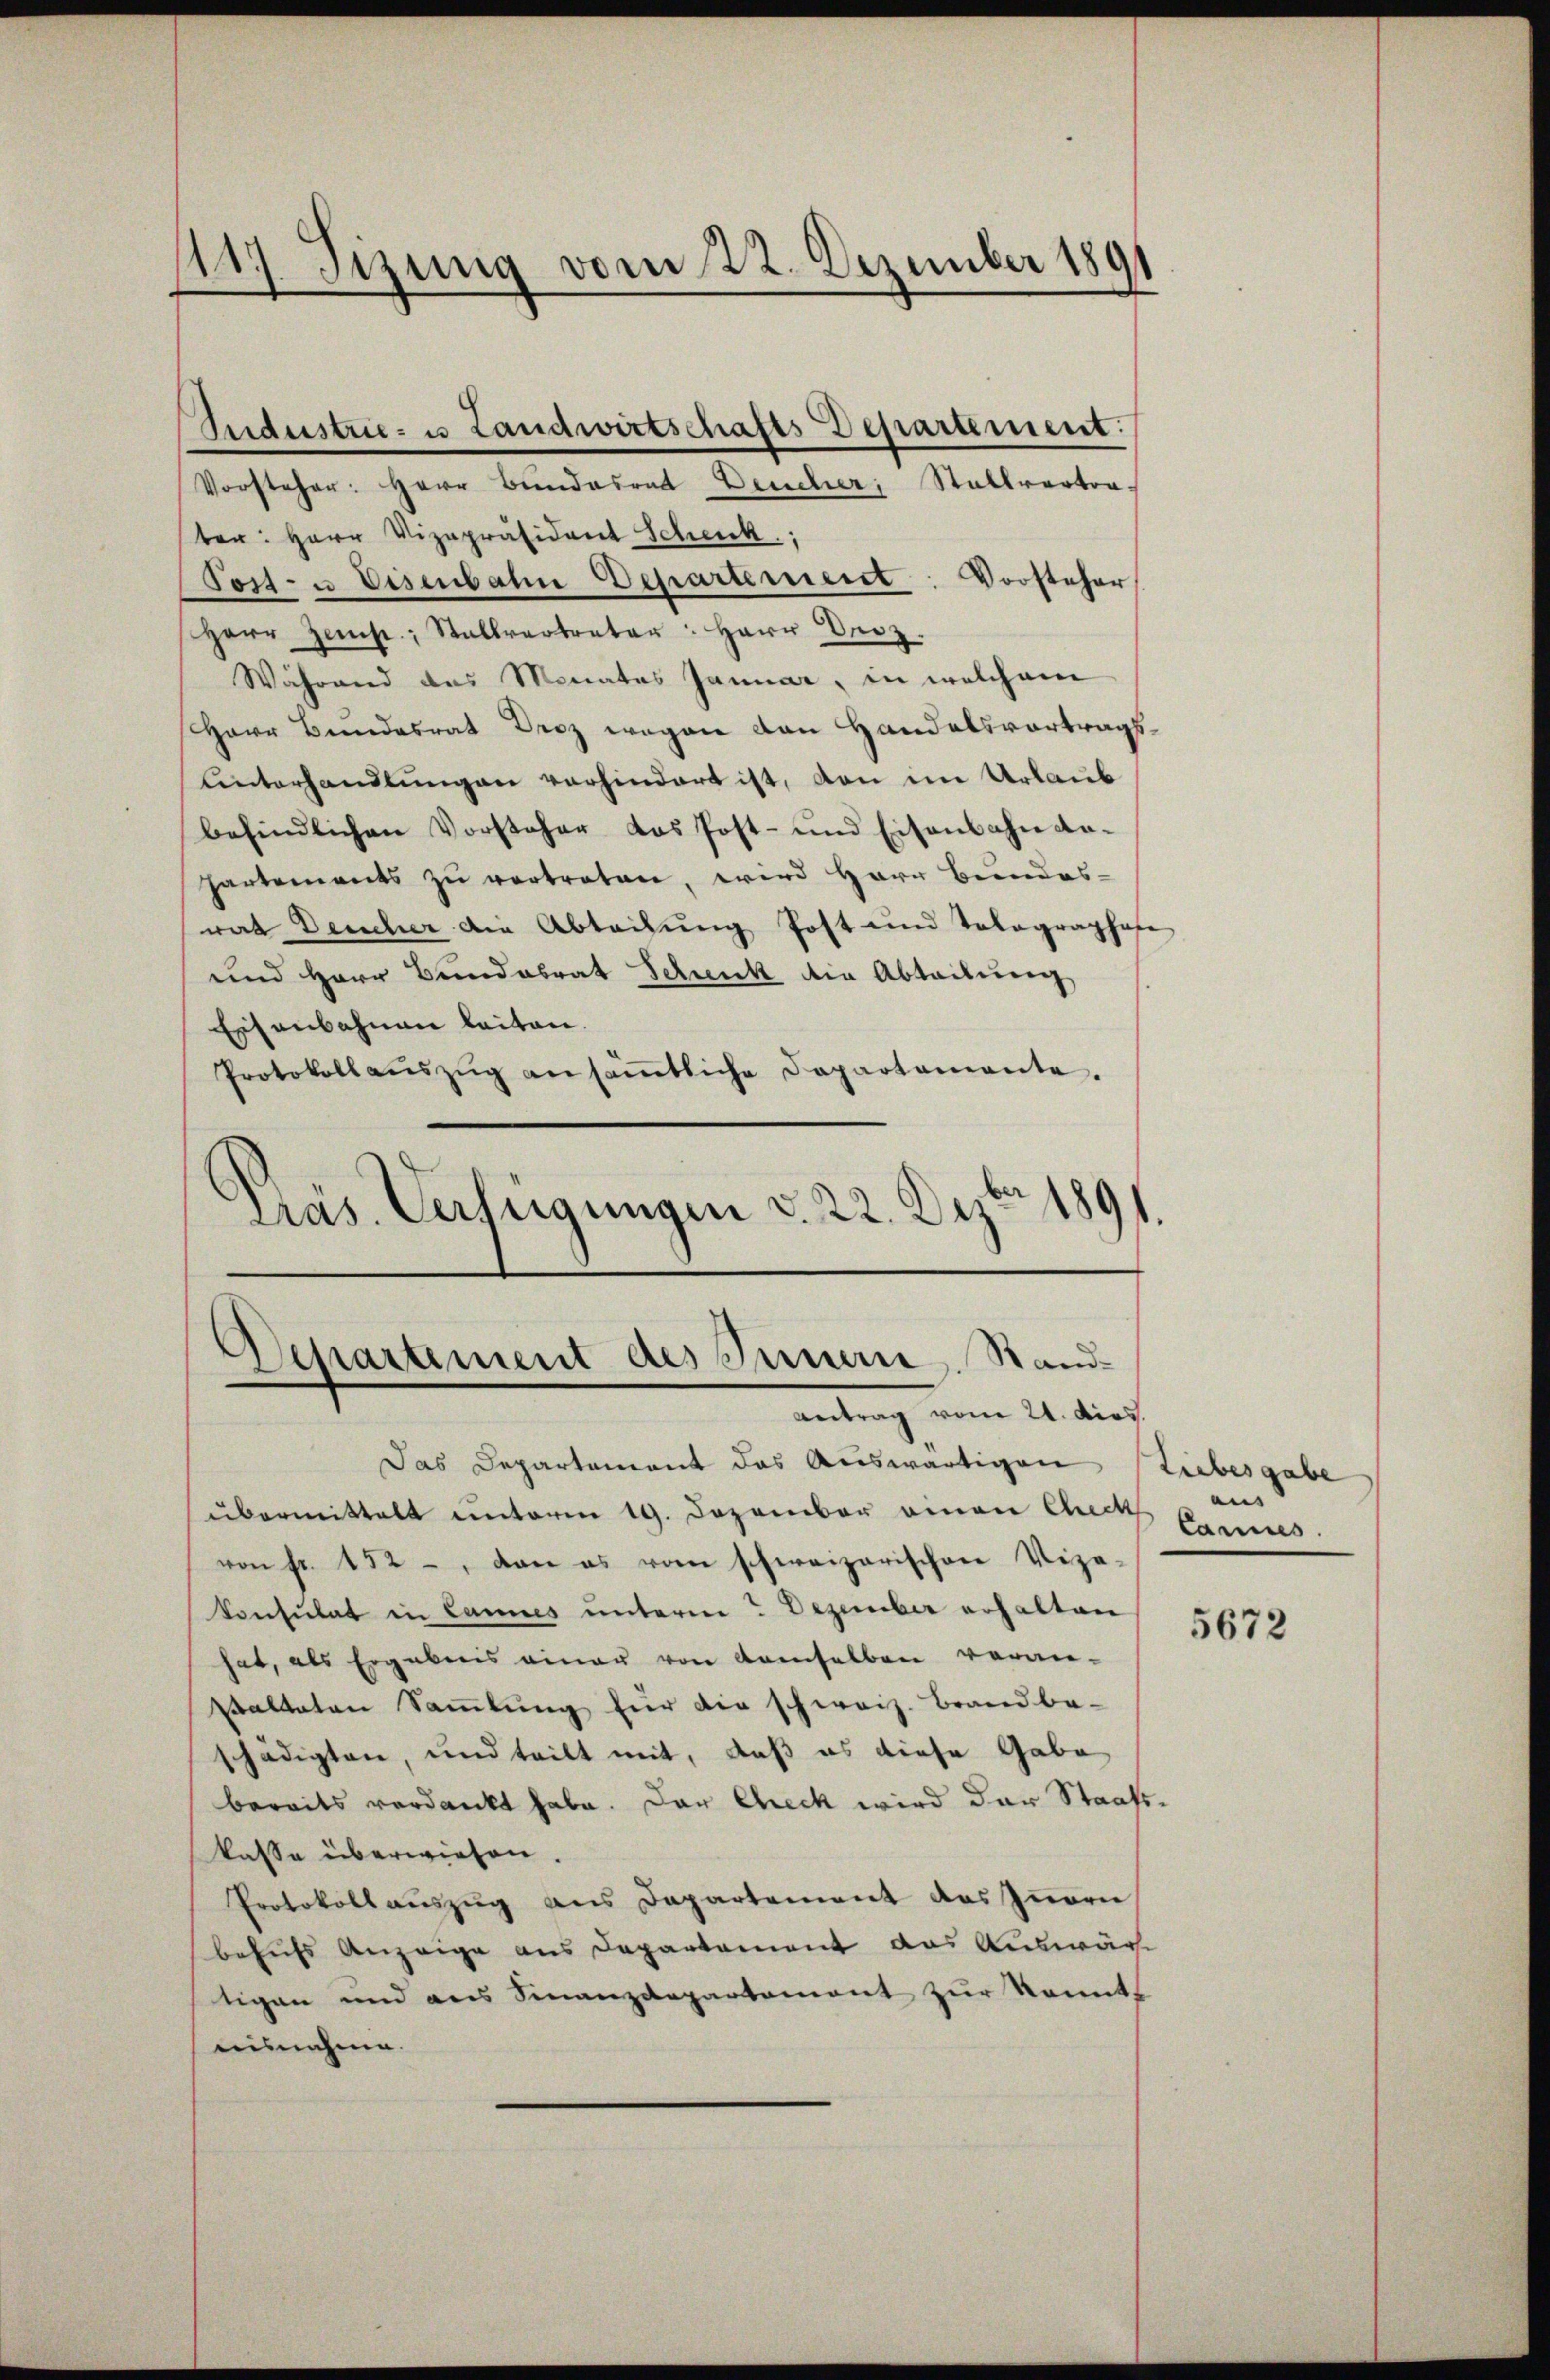
111) Sizung vom 22. Dezember 189

Vorsteher: Herr Bundesrat Deucher, Stallvertra
ter: Herr Vizepräsident Schenk,
Post- u Eisenbahn Departement: Vorsteher
Herr Zemst: Stallvertreter: Herr Berz.
Während das Monates Januar, in welchem
Herr Bundesrat Droz wegen den Handelsvortragsunterhandlungen vorhindert ist, von im Urlaub
befindlichen Vorsteher das Post- und Eisenbahn anpartements zŭ vertreten, wird Herr Bŭndes-
wat Deucher die Abteilung Post und Tolographen
und Herr Bundesrat Schenk die Abteilung
Eisenbahnen leiten.
Protokollaŭszŭg ansäṁtliche Departemente.
Präs. Verfügungen v. 22. Dezbr 1891.

Indestrie- u Landwirtschafts Departement:

Departement des Innern. Stand¬
Antrag vom 21. dies

Das Departement das Auswärtigen Liebesgabe
übermittelt unterm 19. Dezember einen Chech
von fr. 152 - von es vom schweizerischen Vize-
Consulat in Lannes unterm? Dezember erhalten
hat, als Ergebnis einer von demselben veran-
salteten Sammlung für die schweiz. Brandbe-
schädigten, und teilt mit, daß es diese Gabe
bereits verdankt habe. Der Check wird der Staatskasse überwiesen.
Protokoll aŭszŭg ans Departement des Iṅern
behufs Anzeige aus Departement das Auswärtigen und des Finanzdepartement zur konnt
nisnahme.

an
Camus.

5672